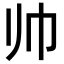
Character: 帅